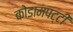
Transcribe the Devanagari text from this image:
कोडामपट्टी